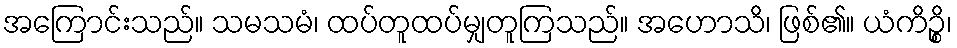
အကြောင်းသည်။ သမသမံ၊ ထပ်တူထပ်မျှတူကြသည်။ အဟောသိ၊ ဖြစ်၏။ ယံကိဉ္စိ၊